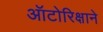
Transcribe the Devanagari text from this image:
ऑटोरिक्षाने